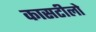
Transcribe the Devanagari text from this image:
कासटीलो